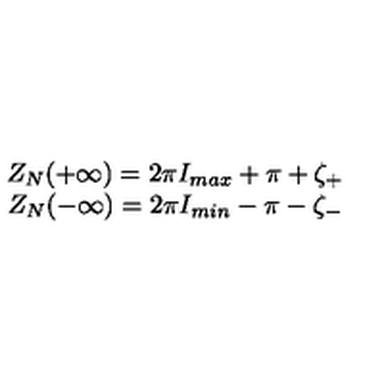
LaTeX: \begin{array} { c } { Z _ { N } ( + \infty ) = 2 \pi I _ { m a x } + \pi + \zeta _ { + } } \\ { Z _ { N } ( - \infty ) = 2 \pi I _ { m i n } - \pi - \zeta _ { - } } \\ \end{array}